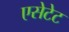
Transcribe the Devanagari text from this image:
एसेटेट